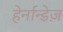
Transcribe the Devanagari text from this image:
हेर्नान्डेज़